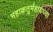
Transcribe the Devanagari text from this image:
महाक्रतुर्महायज्वा